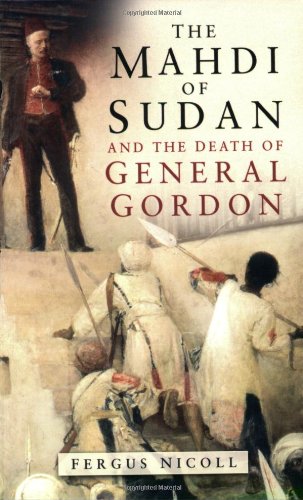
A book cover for The Mahdi of Sudan and the Death of General Gordon; Fergus Nicoll; History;